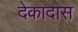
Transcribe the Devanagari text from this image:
देकादास